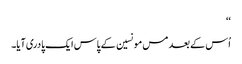
‘‘
اُس کے بعد مس مونسین کے پاس ایک پادری آیا۔